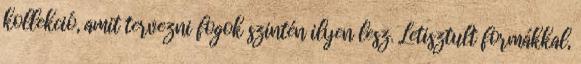
kollekció, amit tervezni fogok szintén ilyen lesz. Letisztult formákkal,